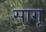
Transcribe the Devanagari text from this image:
सागू